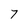
Character: 7